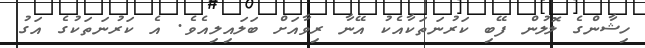
ހިޝާންގެ ލޮލުން ފޭބި ކަރުނަތަކާއެކު އޭނާ ރިވާއަށް ބަލައިލިއެވެ. އެ ކަރުނަތަކުގެ އަގު